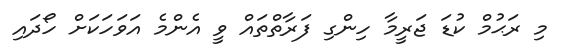
މި ރަޙުމް ކުޑަ ޖަރީމާ ހިންގި ފަރާތްތައް ވީ އެންމެ އަވަހަކަށް ހޯދައި